Vaccine operations Central Provinces & Berar 1922-1929 - 1922-1929
Year: 1922
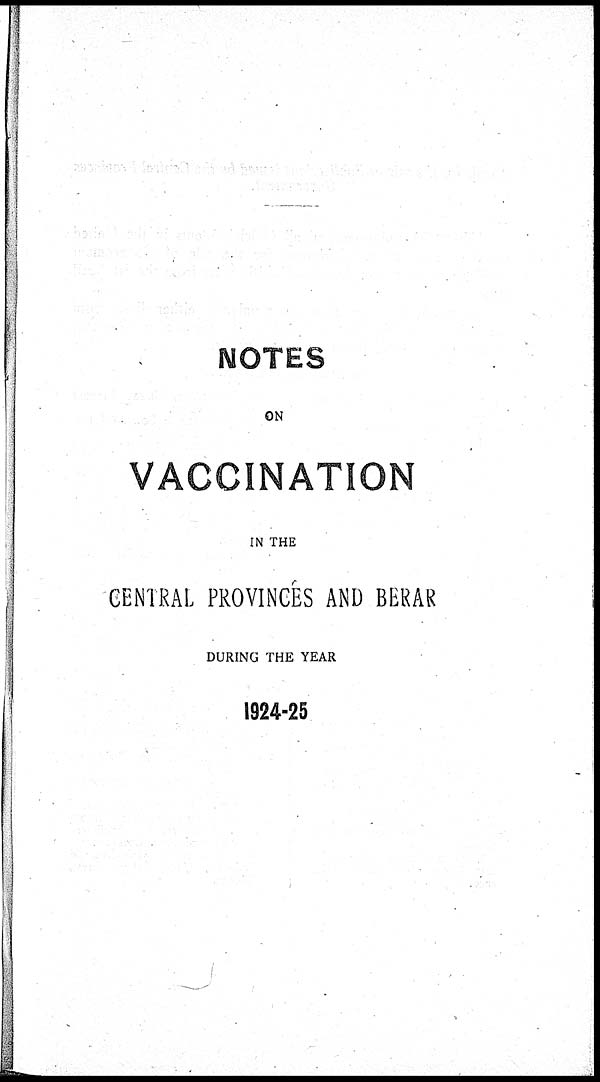
NOTES
ON
VACCINATION
IN THE
CENERAL PROVINCES AND BERAR
DURING THE YEAR
1924-25